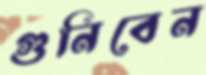
গুনিবেন